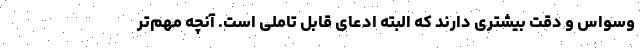
وسواس و دقت بیشتری دارند که البته ادعای قابل تاملی است. آنچه مهم‌تر